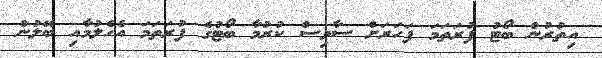
އިތުރުން ބޯޓު ފުރަތަމަ ފަހަރަށް ސާވިސް ކުރުމާ ބޯޓުގެ ފުރަތަމަ އެހެލުމާއި ބޭލުން